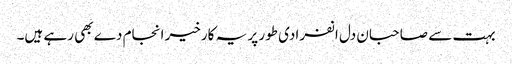
بہت سے صاحبان دل انفرادی طور پر یہ کارخیر انجام دے بھی رہے ہیں۔